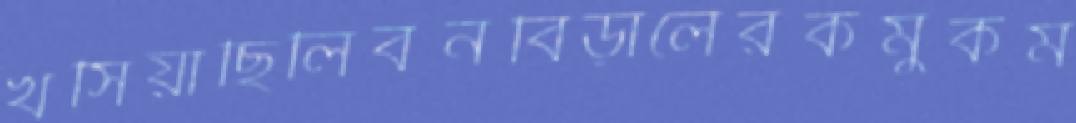
খসিয়াছিলিবনবিড়ালেরকমুকম